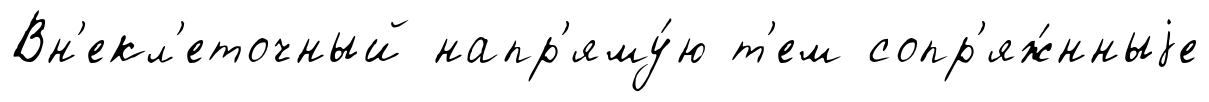
Вн'екл'еточный напр'яму́ю т'ем сопр'яж́нныjе